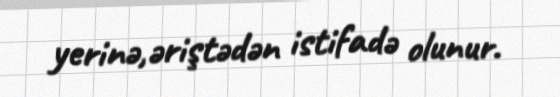
yerinə,əriştədən istifadə olunur.